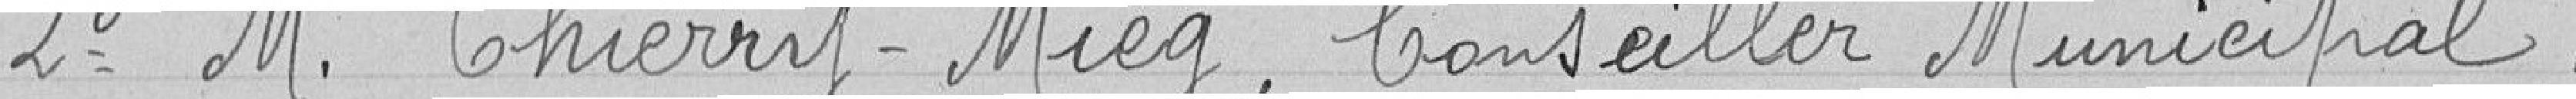
2° M. Thierry-Mieg, Conseiller Municipal.